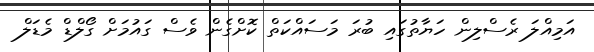
އަމިއްލަ ރެސްލިން ހަޔާތުގައި ބުރަ މަސައްކަތް ކޮށްގެން ވެސް ގައުމަށް ގޯލްޑް މެޑަލް